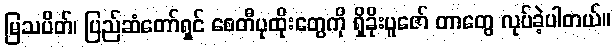
မြသပိတ်၊ ပြည်ဆံတော်ရှင် စေတီပုထိုးတွေကို ရှိခိုးပူဇော် တာတွေ လုပ်ခဲ့ပါတယ်။